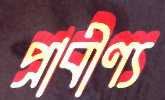
প্রাবীণ্য